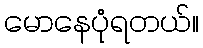
မောနေပုံရတယ်။